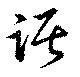
話